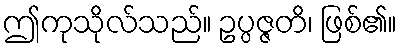
ဤကုသိုလ်သည်။ ဥပ္ပဇ္ဇတိ၊ ဖြစ်၏။